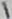
Text: 1